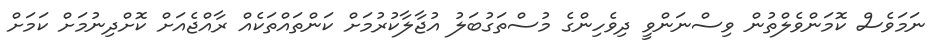
ނަމަވެސް ކޮމަންވެލްތުން ވިސްނަންވީ ދިވެހިންގެ މުސްތަގުބަލު އުޖާލާކުރުމަށް ކަންތައްތަކެއް ރާއްޖެއަށް ކޮށްދިނުމަށް ކަމަށް